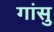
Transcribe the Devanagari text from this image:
गांसु